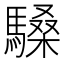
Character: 䮣